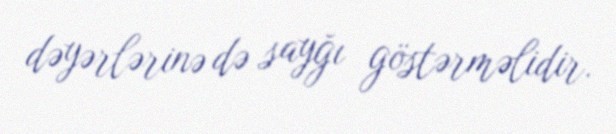
dəyərlərinə də sayğı göstərməlidir.